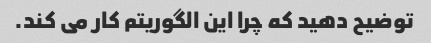
توضیح دهید که چرا این الگوریتم کار می کند.